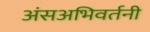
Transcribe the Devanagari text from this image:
अंसअभिवर्तनी